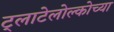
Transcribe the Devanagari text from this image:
ट्लाटेलोल्कोच्या